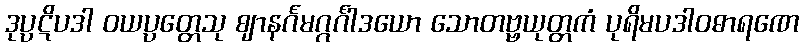
ဒုပ္ပဋိပဒါ ဝယပ္ပတ္တေသု ဈာနင်္ဂမဂ္ဂင်္ဂါဒယော သောတဗ္ဗယုတ္တကံ ပုရိမပဒါဝဓာရဏေ